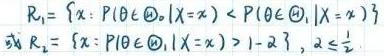
\(R_1 = \{x: P(\theta \in \Theta_1|X = x) < P(\theta \in \Theta_2|X = x)\}\)\\
或\(  R_2 = \{x: P(\theta \in \Theta_1|X = x) > 1 - \alpha\}, \alpha \leq \frac{1}{2}\)